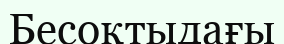
Бесоқтыдағы